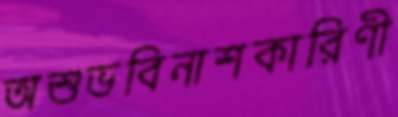
অশুভবিনাশকারিণী